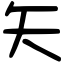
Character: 矢